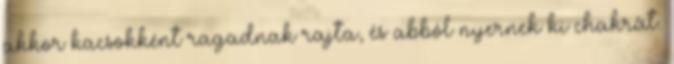
akkor kacsokként ragadnak rajta, és abból nyernek ki chakrát.